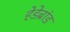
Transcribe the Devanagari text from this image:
हेडेब्रांड